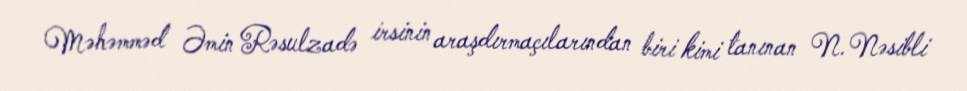
Məhəmməd Əmin Rəsulzadə irsinin araşdırmaçılarından biri kimi tanınan N.Nəsibli